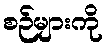
စဉ်များကို